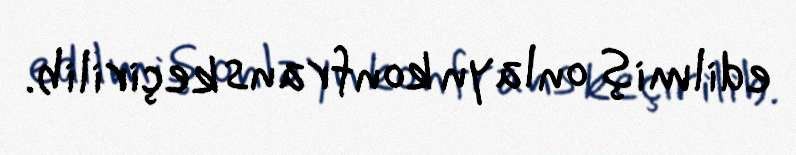
edilmiş onlayn konfrans keçirilib.